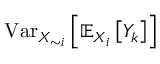
\operatorname { V a r } _ { X _ { \sim i } } \left[ \mathbb { E } _ { X _ { i } } \left[ Y _ { k } \right] \right]